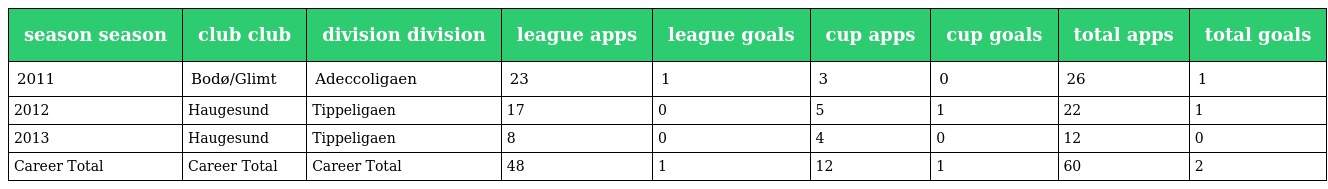
| season season | club club | division division | league apps | league goals | cup apps | cup goals | total apps | total goals |
 | --- | --- | --- | --- | --- | --- | --- | --- | --- |
 | 2011 | Bodø/Glimt | Adeccoligaen | 23 | 1 | 3 | 0 | 26 | 1 |
 | 2012 | Haugesund | Tippeligaen | 17 | 0 | 5 | 1 | 22 | 1 |
 | 2013 | Haugesund | Tippeligaen | 8 | 0 | 4 | 0 | 12 | 0 |
 | Career Total | Career Total | Career Total | 48 | 1 | 12 | 1 | 60 | 2 |